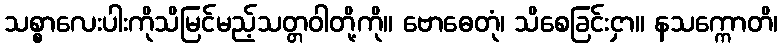
သစ္စာလေးပါးကိုသိမြင်မည့်သတ္တဝါတို့ကို။ ဗောဓေတုံ၊ သိစေခြင်းငှာ။ နသက္ကောတိ၊